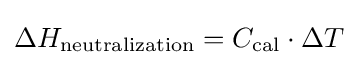
\Delta {H_{\mathrm {neutralization} }}=C_{\mathrm {cal} }\cdot \Delta {T}